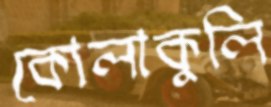
কোলাকুলি